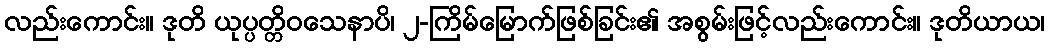
လည်းကောင်း။ ဒုတိ ယုပ္ပတ္တိဝသေနာပိ၊ ၂-ကြိမ်မြောက်ဖြစ်ခြင်း၏ အစွမ်းဖြင့်လည်းကောင်း။ ဒုတိယာယ၊